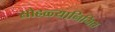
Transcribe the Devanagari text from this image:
सोहळ्यानिमित्त